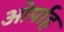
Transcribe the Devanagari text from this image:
ओर्पाह